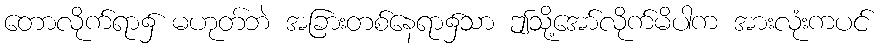
တောလိုက်ရာ၌ မဟုတ်ဘဲ အခြားတစ်နေရာ၌သာ ဤသို့အော်လိုက်မိပါက အားလုံးကပင်